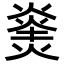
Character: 𪹝